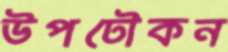
উপঢৌকন